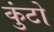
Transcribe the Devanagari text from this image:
कुंटो